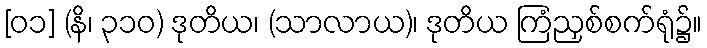
[၀၁] (နိ၊ ၃၁၀) ဒုတိယ၊ (သာလာယ)၊ ဒုတိယ ကြံညှစ်စက်ရုံ၌။